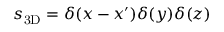
s _ { \mathrm { 3 D } } = \delta ( x - x ^ { \prime } ) \delta ( y ) \delta ( z )